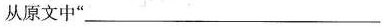
从原文中”___